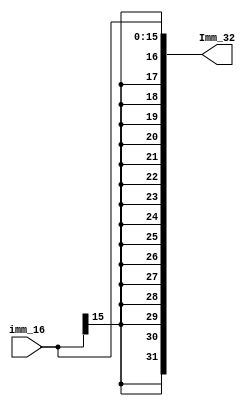
`timescale 1ns / 1ps

module Ext_32 (
	input [15:0] imm_16,
	output [31:0] Imm_32 );
	
	assign Imm_32 = {{16{imm_16[15]}}, imm_16};

endmodule